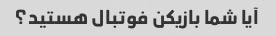
آیا شما بازیکن فوتبال هستید؟